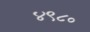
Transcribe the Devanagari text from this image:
४९८०